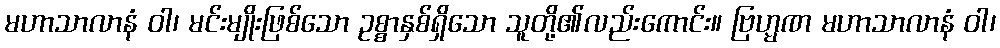
မဟာသာလာနံ ဝါ၊ မင်းမျိုးဖြစ်သော ဥစ္စာနှစ်ရှိသော သူတို့၏လည်းကောင်း။ ဗြဟ္မဏ မဟာသာလာနံ ဝါ၊